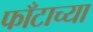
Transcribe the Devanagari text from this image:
फाँटाच्या